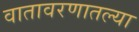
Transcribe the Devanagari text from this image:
वातावरणातल्या